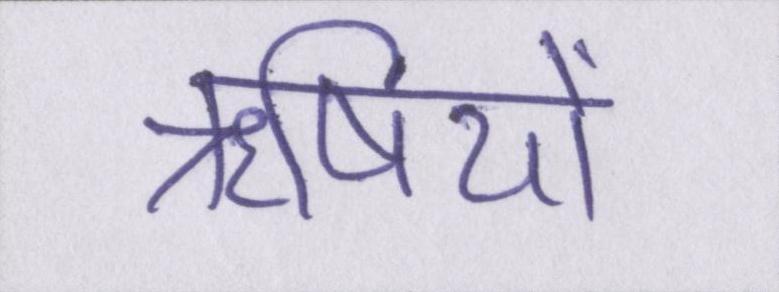
ॠषियों